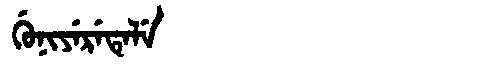
Manchu: ᡤᡠᠨᡳᠶᡝᡵᡝᡨᡝᠯᡝ
Romanization: GUNIYERETELE